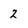
Character: 2